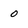
Character: 0